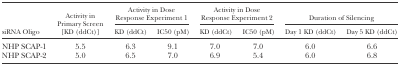
| <ROWSPAN=2> siRNA Oligo | <ROWSPAN=2> Activity in Primary Screen [KD (ddCt)] | <COLSPAN=2> Activity in Dose Response Experiment 1 | <COLSPAN=2> Activity in Dose Response Experiment 2 | <COLSPAN=2> Duration of Silencing |
 | KD (ddCt) | IC50 (pM) | KD (ddCt) | IC50 (pM) | Day 1 KD (ddCt) | Day 5 KD (ddCt) |
 | --- | --- | --- | --- | --- | --- | --- | --- |
 | NHP SCAP-1 | 5.5 | 6.3 | 9.1 | 7.0 | 7.0 | 6.0 | 6.6 |
 | NHP SCAP-2 | 5.0 | 6.5 | 7.0 | 6.9 | 5.4 | 6.0 | 6.8 |